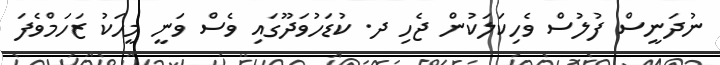
ނުދަނީސް ފުލުސް ވެހިކަލަކުން ޖެހި ދ. ކުޑަހުވަދޫގައި ވެސް ވަނީ މީހަކު ޒަހަމްވެފަ